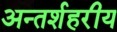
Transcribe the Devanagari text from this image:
अन्तर्शहरीय